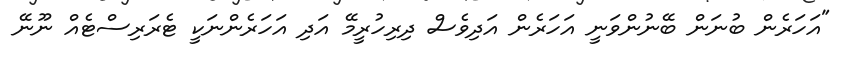
"އަހަރެން ބުނަން ބޭނުންވަނީ އަހަރެން އަދިވެސް ދިރިހުރީމޭ އަދި އަހަރެންނަކީ ޓެރަރިސްޓެއް ނޫނޭ